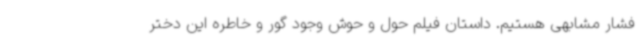
فشار مشابهی هستیم. داستان فیلم حول و حوش وجود گور و خاطره این دختر